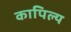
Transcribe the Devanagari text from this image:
कापिल्य